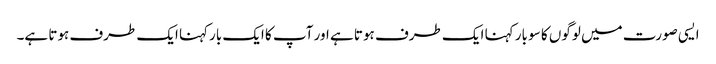
ایسی صورت میں لوگوں کا سو بار کہنا ایک طرف ہوتا ہے اور آپ کا ایک بارکہنا ایک طرف ہوتا ہے۔